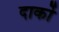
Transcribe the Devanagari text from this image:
दार्को